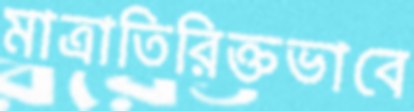
মাত্রাতিরিক্তভাবে